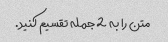
متن را به 2 جمله تقسیم کنید.